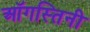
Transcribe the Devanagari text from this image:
ऑगस्तिनी